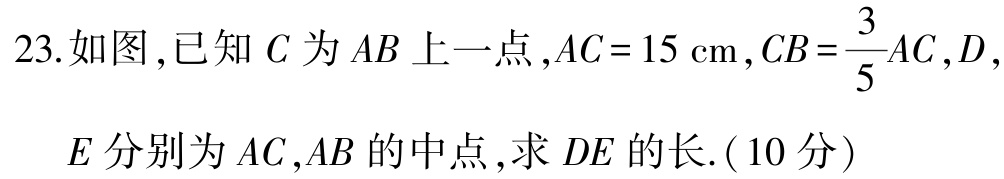
23.如图,已知\(C\)为\(AB\)上一点,\(AC = 15\mathrm{cm}\),\(CB=\frac{3}{5}AC\),\(D\),

\(E\)分别为\(AC\),\(AB\)的中点,求\(DE\)的长.(10分)